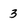
Character: 3